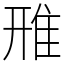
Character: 雃